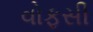
વોફસી